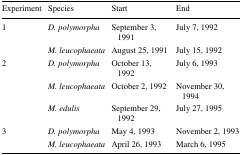
<table><thead><tr><td><b>Experiment</b></td><td><b>Species</b></td><td><b>Start</b></td><td><b>End</b></td></tr></thead><tbody><tr><td>1</td><td><i>D. polymorpha</i></td><td>September 3, 1991</td><td>July 7, 1992</td></tr><tr><td>[EMPTY_CELL]</td><td><i>M. leucophaeata</i></td><td>August 25, 1991</td><td>July 15, 1992</td></tr><tr><td>2</td><td><i>D. polymorpha</i></td><td>October 13, 1992</td><td>July 6, 1993</td></tr><tr><td>[EMPTY_CELL]</td><td><i>M. leucophaeata</i></td><td>October 2, 1992</td><td>November 30, 1994</td></tr><tr><td>[EMPTY_CELL]</td><td><i>M. edulis</i></td><td>September 29, 1992</td><td>July 27, 1995</td></tr><tr><td>3</td><td><i>D. polymorpha</i></td><td>May 4, 1993</td><td>November 2, 1993</td></tr><tr><td>[EMPTY_CELL]</td><td><i>M. leucophaeata</i></td><td>April 26, 1993</td><td>March 6, 1995</td></tr></tbody></table>